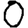
Digit: 0